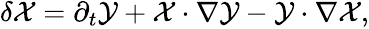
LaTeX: \begin{array}{r}{\delta\mathcal{X}=\partial_{t}\mathcal{Y}+\mathcal{X}\cdot\nabla\mathcal{Y}-\mathcal{Y}\cdot\nabla\mathcal{X},}\end{array}